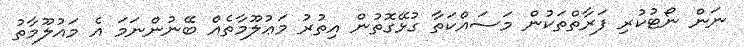
ނަން ނޯޓުކުރި ފަރާތްތަކުން މަސައްކަތާ ގުޅޭގޮތުން އިތުރު މަޢުލޫމާތެއް ބޭނުންނަމަ އެ މައުލޫމާތު